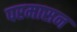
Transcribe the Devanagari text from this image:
परमासन